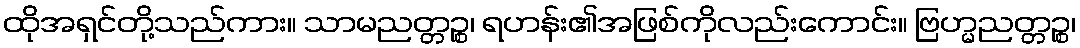
ထိုအရှင်တို့သည်ကား။ သာမညတ္တဉ္စ၊ ရဟန်း၏အဖြစ်ကိုလည်းကောင်း။ ဗြဟ္မညတ္တဉ္စ၊